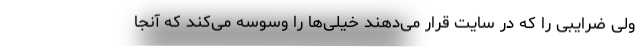
ولی ضرایبی را که در سایت قرار می‌دهند خیلی‌ها را وسوسه می‌کند که آنجا